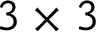
3 \times 3